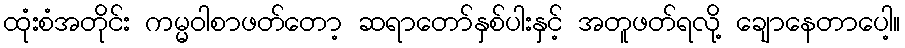
ထုံးစံအတိုင်း ကမ္မဝါစာဖတ်တော့ ဆရာတော်နှစ်ပါးနှင့် အတူဖတ်ရလို့ ချောနေတာပေါ့။